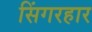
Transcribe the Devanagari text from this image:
सिंगरहार